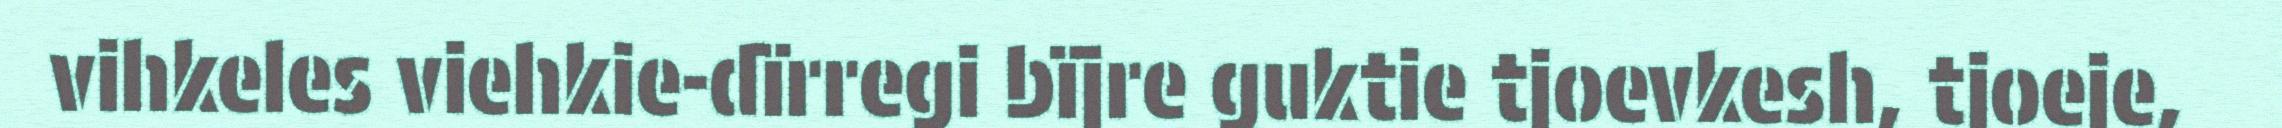
vihkeles viehkie-dïrregi bïjre guktie tjoevkesh, tjoeje,